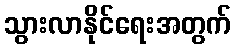
သွားလာနိုင်ရေးအတွက်